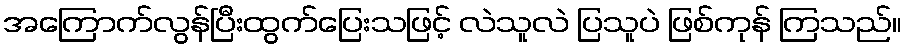
အကြောက်လွန်ပြီးထွက်ပြေးသဖြင့် လဲသူလဲ ပြသူပဲ ဖြစ်ကုန် ကြသည်။